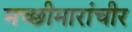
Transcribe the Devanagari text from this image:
मच्छीमारांचीर